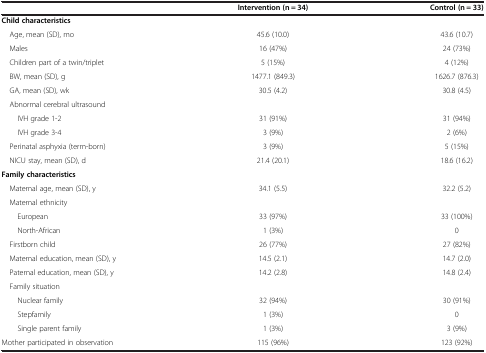
<table><thead><tr><td></td><td><b>Intervention (n = 34)</b></td><td><b>Control (n = 33)</b></td></tr></thead><tbody><tr><td><b>Child characteristics</b></td><td></td><td></td></tr><tr><td> Age, mean (SD), mo</td><td>45.6 (10.0)</td><td>43.6 (10.7)</td></tr><tr><td> Males</td><td>16 (47%)</td><td>24 (73%)</td></tr><tr><td> Children part of a twin/triplet</td><td>5 (15%)</td><td>4 (12%)</td></tr><tr><td> BW, mean (SD), g</td><td>1477.1 (849.3)</td><td>1626.7 (876.3)</td></tr><tr><td> GA, mean (SD), wk</td><td>30.5 (4.2)</td><td>30.8 (4.5)</td></tr><tr><td> Abnormal cerebral ultrasound</td><td></td><td></td></tr><tr><td>IVH grade 1-2</td><td>31 (91%)</td><td>31 (94%)</td></tr><tr><td>IVH grade 3-4</td><td>3 (9%)</td><td>2 (6%)</td></tr><tr><td> Perinatal asphyxia (term-born)</td><td>3 (9%)</td><td>5 (15%)</td></tr><tr><td> NICU stay, mean (SD), d</td><td>21.4 (20.1)</td><td>18.6 (16.2)</td></tr><tr><td><b>Family characteristics</b></td><td></td><td></td></tr><tr><td> Maternal age, mean (SD), y</td><td>34.1 (5.5)</td><td>32.2 (5.2)</td></tr><tr><td> Maternal ethnicity</td><td></td><td></td></tr><tr><td>European</td><td>33 (97%)</td><td>33 (100%)</td></tr><tr><td>North-African</td><td>1 (3%)</td><td>0</td></tr><tr><td> Firstborn child</td><td>26 (77%)</td><td>27 (82%)</td></tr><tr><td> Maternal education, mean (SD), y</td><td>14.5 (2.1)</td><td>14.7 (2.0)</td></tr><tr><td> Paternal education, mean (SD), y</td><td>14.2 (2.8)</td><td>14.8 (2.4)</td></tr><tr><td> Family situation</td><td></td><td></td></tr><tr><td>Nuclear family</td><td>32 (94%)</td><td>30 (91%)</td></tr><tr><td>Stepfamily</td><td>1 (3%)</td><td>0</td></tr><tr><td>Single parent family</td><td>1 (3%)</td><td>3 (9%)</td></tr><tr><td>Mother participated in observation</td><td>115 (96%)</td><td>123 (92%)</td></tr></tbody></table>